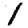
Digit: 1